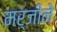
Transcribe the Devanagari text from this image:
मर्जीने